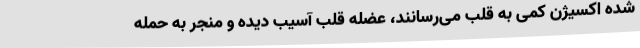
شده اکسیژن کمی به قلب می‌رسانند، عضله قلب آسیب دیده و منجر به حمله